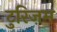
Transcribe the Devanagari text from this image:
टुरिज़म